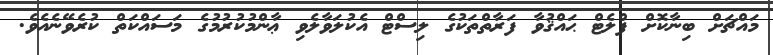
މައްޗަށް ބިނާކޮށް ފްލެޓް ޙައްޤުވާ ފަރާތްތަކުގެ ލިސްޓް އެކުލަވާލެވި ޢާންމުކުރުމުގެ މަސައްކަތް ކުރެވޭނެއެވެ.